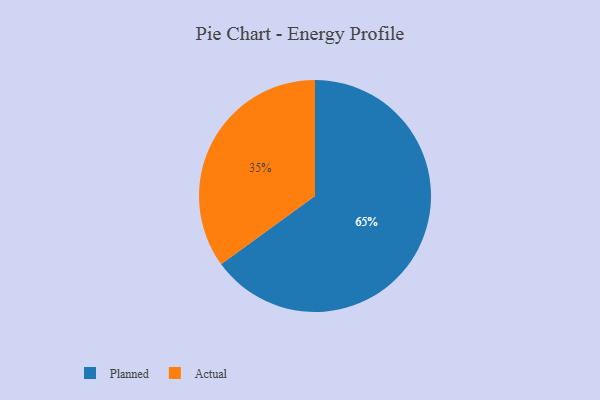
{"axis": {"x": "Category", "y": "Percentage"}, "legend": ["Actual", "Planned"], "data": [{"x": "Planned", "y": 65, "type": "Planned"}, {"x": "Actual", "y": 35, "type": "Actual"}]}